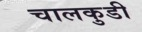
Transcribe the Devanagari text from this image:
चालकुडी